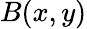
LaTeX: B(x,y)